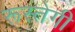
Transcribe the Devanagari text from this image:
रूस्तेगी